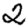
Digit: 2